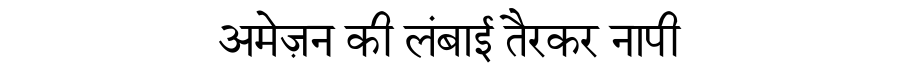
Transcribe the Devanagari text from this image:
अमेज़न की लंबाई तैरकर नापी